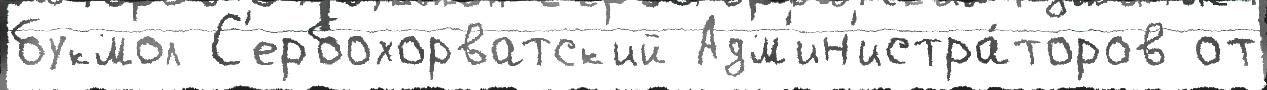
букмол С'ербохорватск'ий Адм'ин'истра́торов от